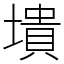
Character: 墤